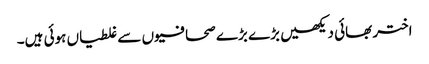
اختر بھائی دیکھیں بڑے بڑے صحافیوں سے غلطیاں ہوئی ہیں۔